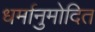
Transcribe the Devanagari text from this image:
धर्मानुमोदित